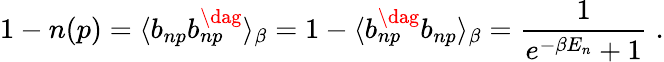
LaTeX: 1-n(p)=\langle b_{np}b_{np}^{\dag}\rangle_{\beta}=1-\langle b_{np}^{\dag}b_{np}\rangle_{\beta}=\frac{1}{e^{-\beta E_{n}}+1}\; .